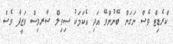
ކްރެޑިޓް ވެސް ނަގަން ބޭނުންވޭ އަދި އެކަމަކު ސިވިލް ސާރވިސް ވަޒީފާ ވެސް